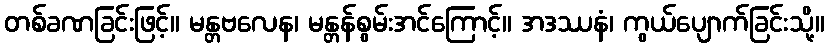
တစ်ခဏခြင်းဖြင့်။ မန္တဗလေန၊ မန္တန်စွမ်းအင်ကြောင့်။ အဒဿနံ၊ ကွယ်ပျောက်ခြင်းသို့။